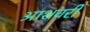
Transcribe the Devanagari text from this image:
आशवरी